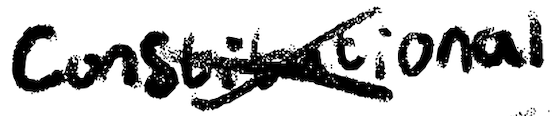
Text: constitutional
Cross-out: cross
Writing tool: digital_black